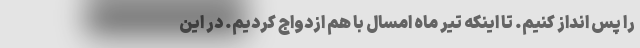
را پس انداز کنیم. تا اینکه تیر ماه امسال با هم ازدواج کردیم. در این